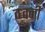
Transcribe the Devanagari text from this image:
व्ध्वनी